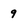
Character: 9